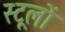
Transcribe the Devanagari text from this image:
स्टूलों